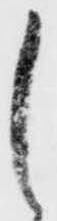
し